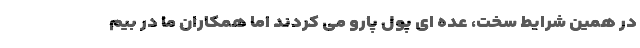
در همین شرایط سخت، عده ای پول پارو می کردند اما همکاران ما در بیم